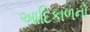
આદિકાળનો